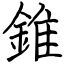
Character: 錐